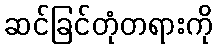
ဆင်ခြင်တုံတရားကို